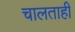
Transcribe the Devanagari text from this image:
चालताही